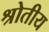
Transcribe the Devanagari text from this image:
श्रोतीय